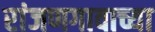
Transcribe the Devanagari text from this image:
रांजणगावाच्या